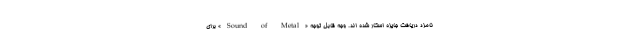
نامزد دریافت جایزه اسکار شده اند. وجه قابل توجه «Sound of Metal» برای